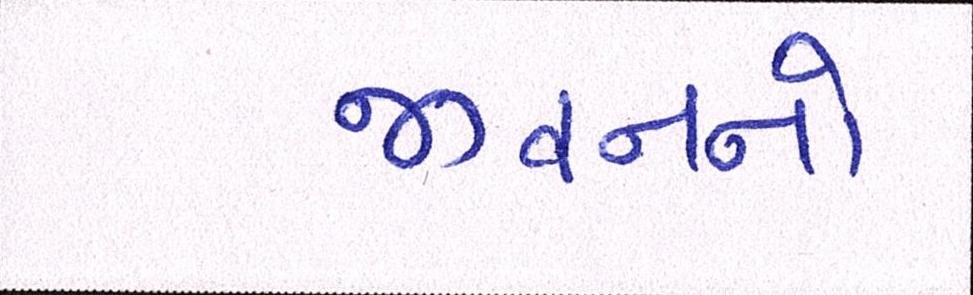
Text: જીવનનો